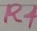
Text: R4